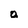
Character: a